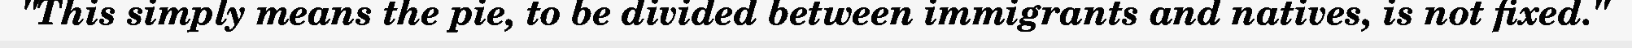
"This simply means the pie, to be divided between immigrants and natives, is not fixed."